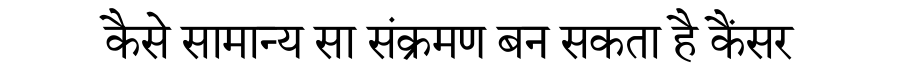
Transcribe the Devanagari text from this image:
कैसे सामान्य सा संक्रमण बन सकता है कैंसर